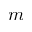
m